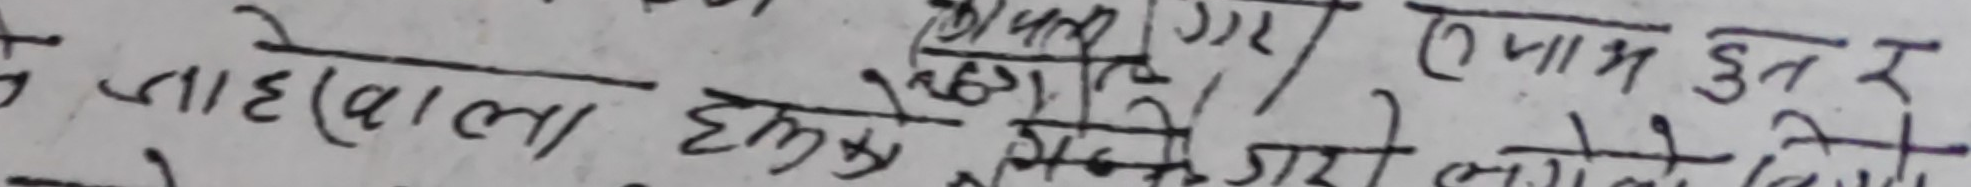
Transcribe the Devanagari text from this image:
ते जाह वाला हमने कार्य गरा तमाम हु तर र